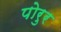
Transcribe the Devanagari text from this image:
पोरुर